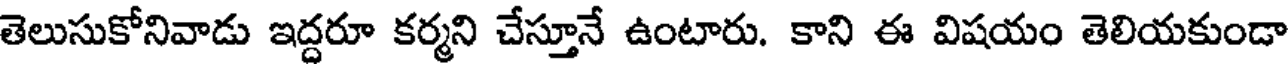
తెలుసుకోనివాడు ఇద్దరూ కర్మని చేస్తూనే ఉంటారు. కాని ఈ విషయం తెలియకుండా